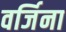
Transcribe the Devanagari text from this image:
वर्जिना